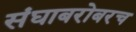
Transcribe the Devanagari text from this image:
संघाबरोबरच